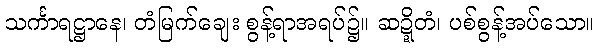
သင်္ကာရဋ္ဌာနေ၊ တံမြက်ချေး စွန့်ရာအရပ်၌။ ဆဍ္ဍိတံ၊ ပစ်စွန့်အပ်သော။